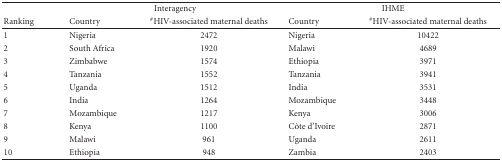
|  | <COLSPAN=2> Interagency | <COLSPAN=2> IHME |
 | Ranking | Country | #HIV-associated maternal deaths | Country | #HIV-associated maternal deaths |
 | --- | --- | --- | --- | --- |
 | 1 | Nigeria | 2472 | Nigeria | 10422 |
 | 2 | South Africa | 1920 | Malawi | 4689 |
 | 3 | Zimbabwe | 1574 | Ethiopia | 3971 |
 | 4 | Tanzania | 1552 | Tanzania | 3941 |
 | 5 | Uganda | 1512 | India | 3531 |
 | 6 | India | 1264 | Mozambique | 3448 |
 | 7 | Mozambique | 1217 | Kenya | 3006 |
 | 8 | Kenya | 1100 | Côte d'Ivoire | 2871 |
 | 9 | Malawi | 961 | Uganda | 2611 |
 | 10 | Ethiopia | 948 | Zambia | 2403 |